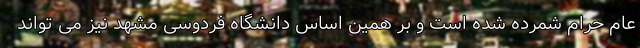
عام حرام شمرده شده است و بر همین اساس دانشگاه فردوسی مشهد نیز می تواند